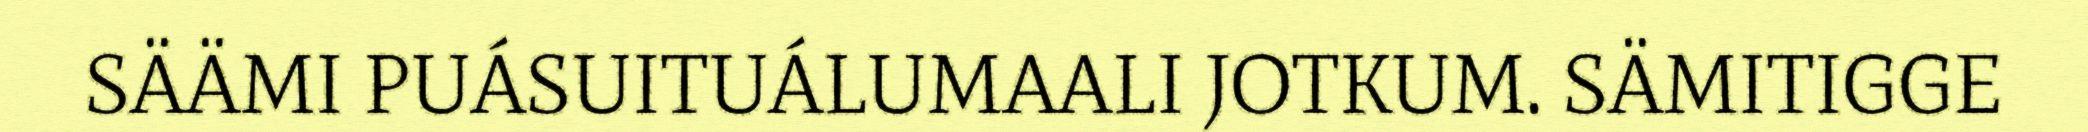
SÄÄMI PUÁSUITUÁLUMAALI JOTKUM. SÄMITIGGE